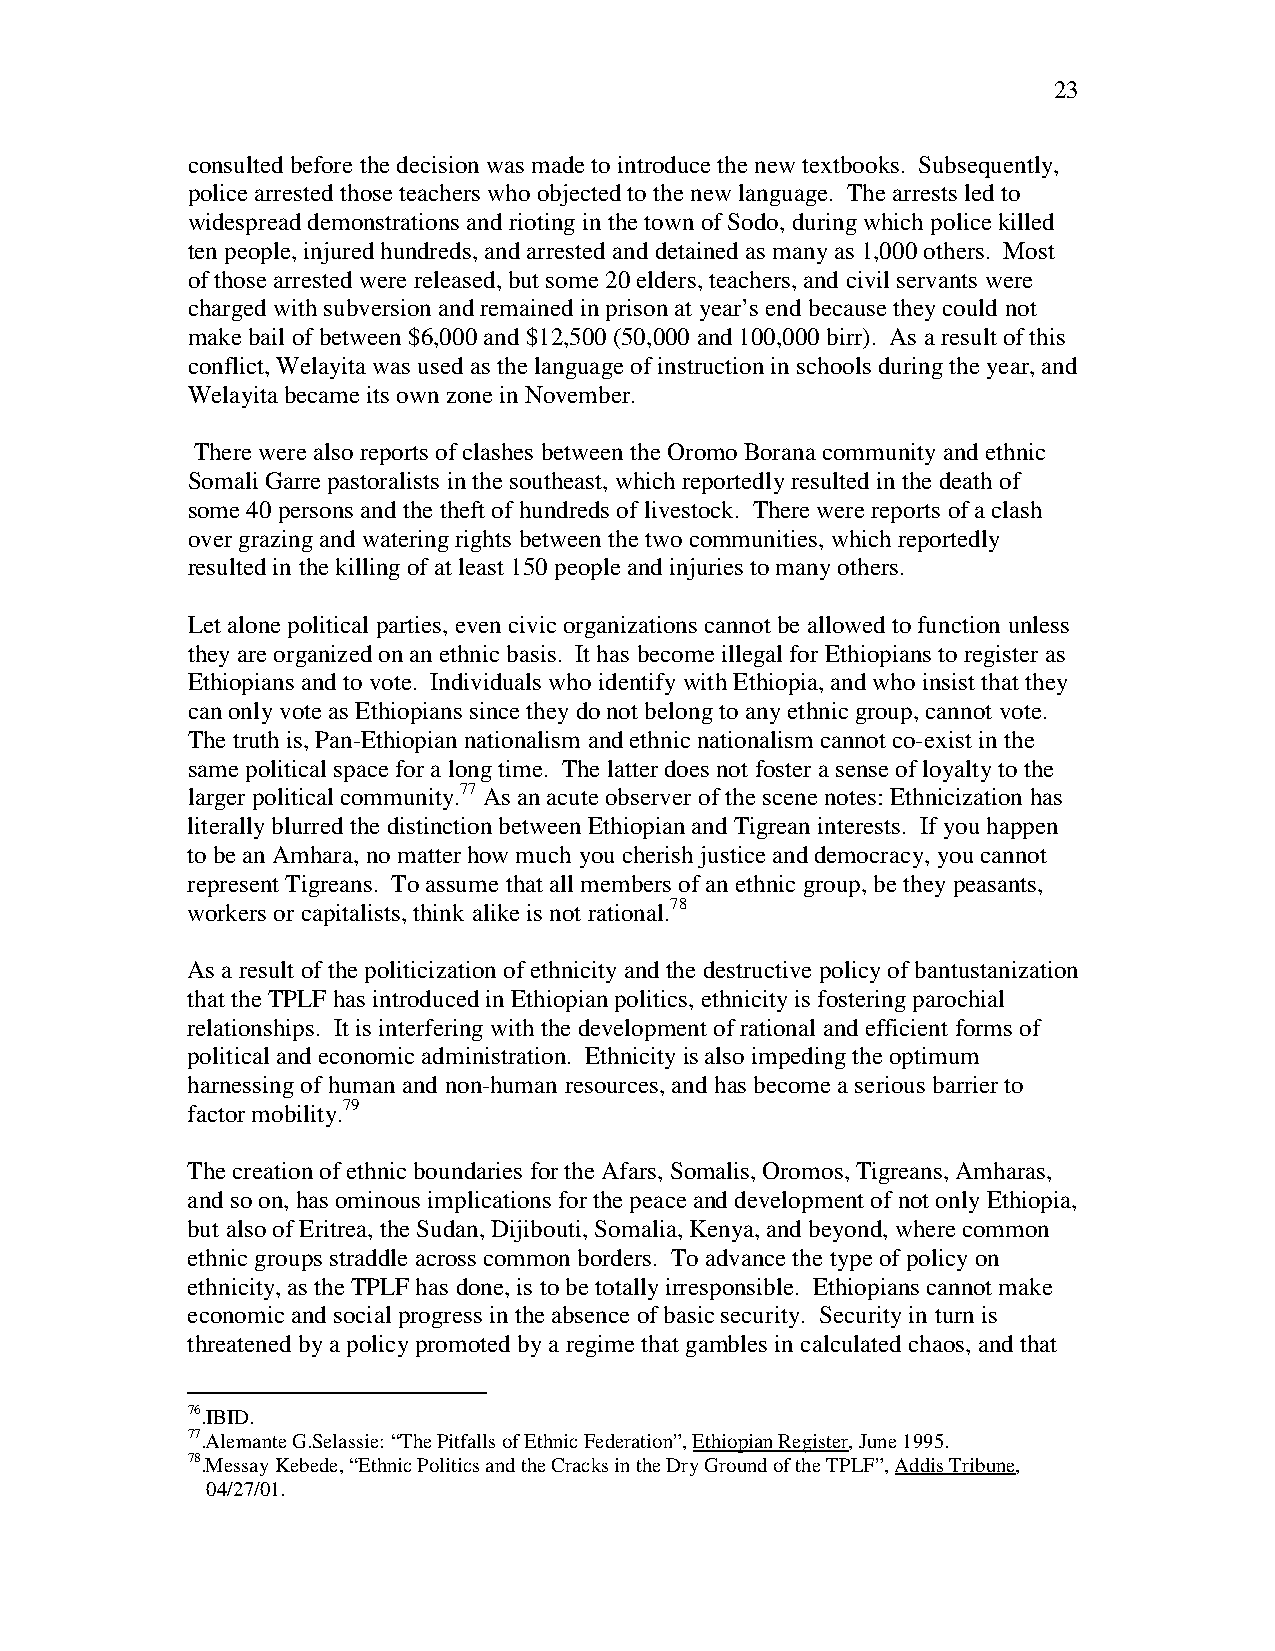
23
 consulted before the decision was made to introduce the new textbooks. Subsequently,
 police arrested those teachers who objected to the new language. The arrests led to
 widespread demonstrations and rioting in the town of Sodo, during which police killed
 ten people, injured hundreds, and arrested and detained as many as 1,000 others. Most
 of those arrested were released, but some 20 elders, teachers, and civil servants were
 charged with subversion and remained in prison at year’s end because they could not
 make bail of between $6,000 and $12,500 (50,000 and 100,000 birr). As a result of this
 conflict, Welayita was used as the language of instruction in schools during the year, and
 Welayita became its own zone in November.
 There were also reports of clashes between the Oromo Borana community and ethnic
 Somali Garre pastoralists in the southeast, which reportedly resulted in the death of
 some 40 persons and the theft of hundreds of livestock. There were reports of a clash
 over grazing and watering rights between the two communities, which reportedly
 resulted in the killing of at least 150 people and injuries to many others.
 Let alone political parties, even civic organizations cannot be allowed to function unless
 they are organized on an ethnic basis. It has become illegal for Ethiopians to register as
 Ethiopians and to vote. Individuals who identify with Ethiopia, and who insist that they
 can only vote as Ethiopians since they do not belong to any ethnic group, cannot vote.
 The truth is, Pan-Ethiopian nationalism and ethnic nationalism cannot co-exist in the
 same political space for a long time. The latter does not foster a sense of loyalty to the
 larger political community.77 As an acute observer of the scene notes: Ethnicization has
 literally blurred the distinction between Ethiopian and Tigrean interests. If you happen
 to be an Amhara, no matter how much you cherish justice and democracy, you cannot
 represent Tigreans. To assume that all members of an ethnic group, be they peasants,
 workers or capitalists, think alike is not rational.78
 As a result of the politicization of ethnicity and the destructive policy of bantustanization
 that the TPLF has introduced in Ethiopian politics, ethnicity is fostering parochial
 relationships. It is interfering with the development of rational and efficient forms of
 political and economic administration. Ethnicity is also impeding the optimum
 harnessing of human and non-human resources, and has become a serious barrier to
 factor mobility.79
 The creation of ethnic boundaries for the Afars, Somalis, Oromos, Tigreans, Amharas,
 and so on, has ominous implications for the peace and development of not only Ethiopia,
 but also of Eritrea, the Sudan, Dijibouti, Somalia, Kenya, and beyond, where common
 ethnic groups straddle across common borders. To advance the type of policy on
 ethnicity, as the TPLF has done, is to be totally irresponsible. Ethiopians cannot make
 economic and social progress in the absence of basic security. Security in turn is
 threatened by a policy promoted by a regime that gambles in calculated chaos, and that
 76.IBID.
 77.Alemante G.Selassie: “The Pitfalls of Ethnic Federation”, Ethiopian Register, June 1995.
 78.Messay Kebede, “Ethnic Politics and the Cracks in the Dry Ground of the TPLF”, Addis Tribune,
 04/27/01.